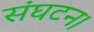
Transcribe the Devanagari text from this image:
संघटन।